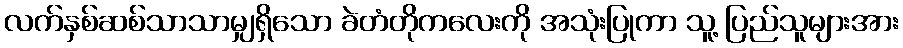
လက်နှစ်ဆစ်သာသာမျှရှိသော ခဲတံတိုကလေးကို အသုံးပြုကာ သူ့ ပြည်သူများအား